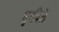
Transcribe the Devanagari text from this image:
शुरविले